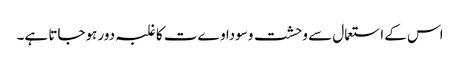
اس کے استعمال سے وحشت وسوداوےت کا غلبہ دور ہوجاتا ہے۔